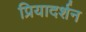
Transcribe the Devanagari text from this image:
प्रियादर्शन